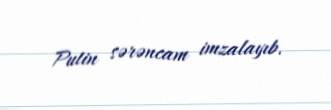
Putin sərəncam imzalayıb.